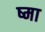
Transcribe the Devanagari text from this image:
ष्मा